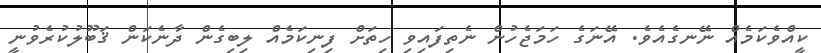
ކީއްވެކަމެއް ނޭނގެއެވެ. އޭނަގެ ހަމަޖެހުން ނެތިފައިވި ހިތަށް ފިނިކަމެއް ލިބިގެން ދާނެކަން ޤަބޫލުކުރެވުނީ